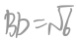
B D = \sqrt { 6 }